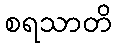
စရသာတိ